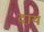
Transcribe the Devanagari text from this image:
दायं